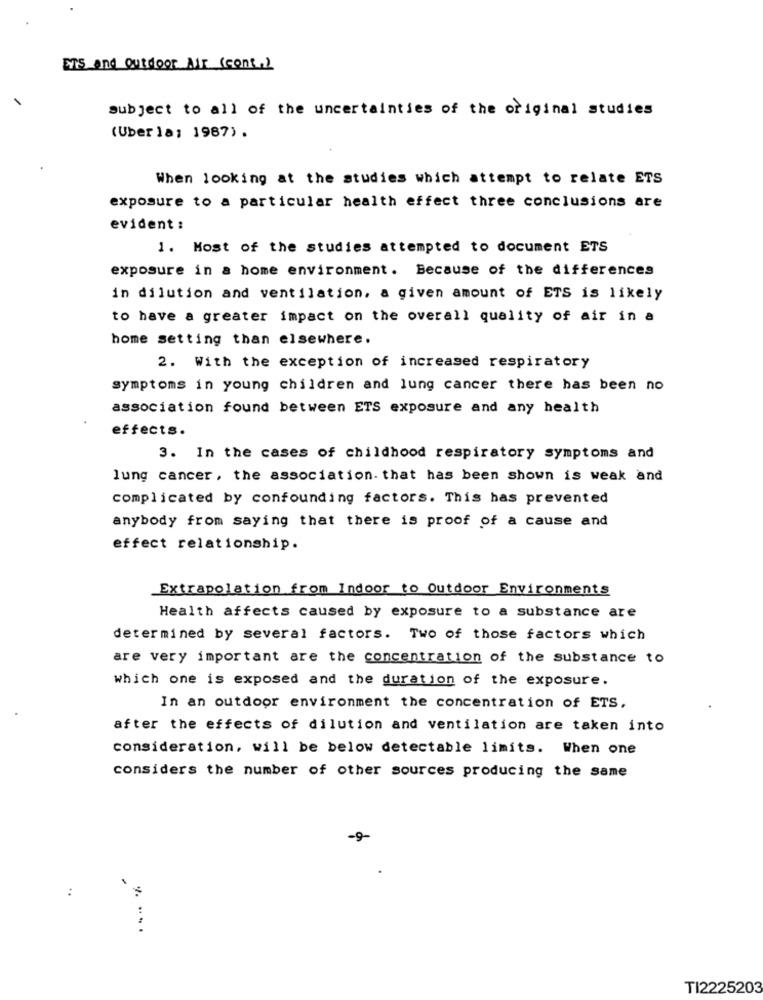
Ers and Outdoor Air (cont.)
subject to all of the uncertainties of the original studies
(Uber la: 1987) .
When looking at the studies which attempt to relate ETS
exposure to a particular health effect three conclusions are
evident :
1. Most of the studies attempted to document ETS
exposure in a home environment. Because of the differences
in dilution and ventilation, a given amount of ETS is likely
to have a greater impact on the overall quality of air in a
home setting than elsewhere.
2. With the exception of increased respiratory
symptoms in young children and lung cancer there has been no
association found between ETS exposure and any health
effects.
3. In the cases of childhood respiratory symptoms and
lung cancer, the association. that has been shown is weak and
complicated by confounding factors. This has prevented
anybody from saying that there is proof of a cause and
effect relationship.
Extrapolation from Indoor to Outdoor Environments
Health affects caused by exposure to a substance are
determined by several factors. Two of those factors which
are very important are the concentration of the substance to
which one is exposed and the duration of the exposure.
In an outdoor environment the concentration of ETS.
after the effects of dilution and ventilation are taken into
consideration, will be below detectable limits. When one
considers the number of other sources producing the same
-9
:
:
TI2225203